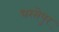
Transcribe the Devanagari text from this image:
धरसेपुर